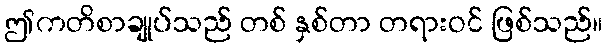
ဤကတိစာချုပ်သည် တစ် နှစ်တာ တရားဝင် ဖြစ်သည်။